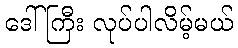
ဒေါ်ကြီး လုပ်ပါလိမ့်မယ်